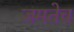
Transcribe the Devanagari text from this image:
जमतेच